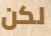
لكن